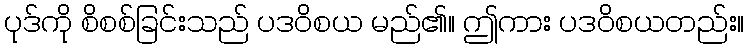
ပုဒ်ကို စိစစ်ခြင်းသည် ပဒဝိစယ မည်၏။ ဤကား ပဒဝိစယတည်း။